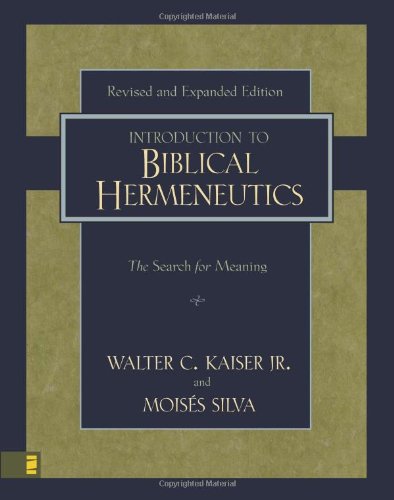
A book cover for Introduction to Biblical Hermeneutics: The Search for Meaning; Walter C. Kaiser Jr.; Christian Books & Bibles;